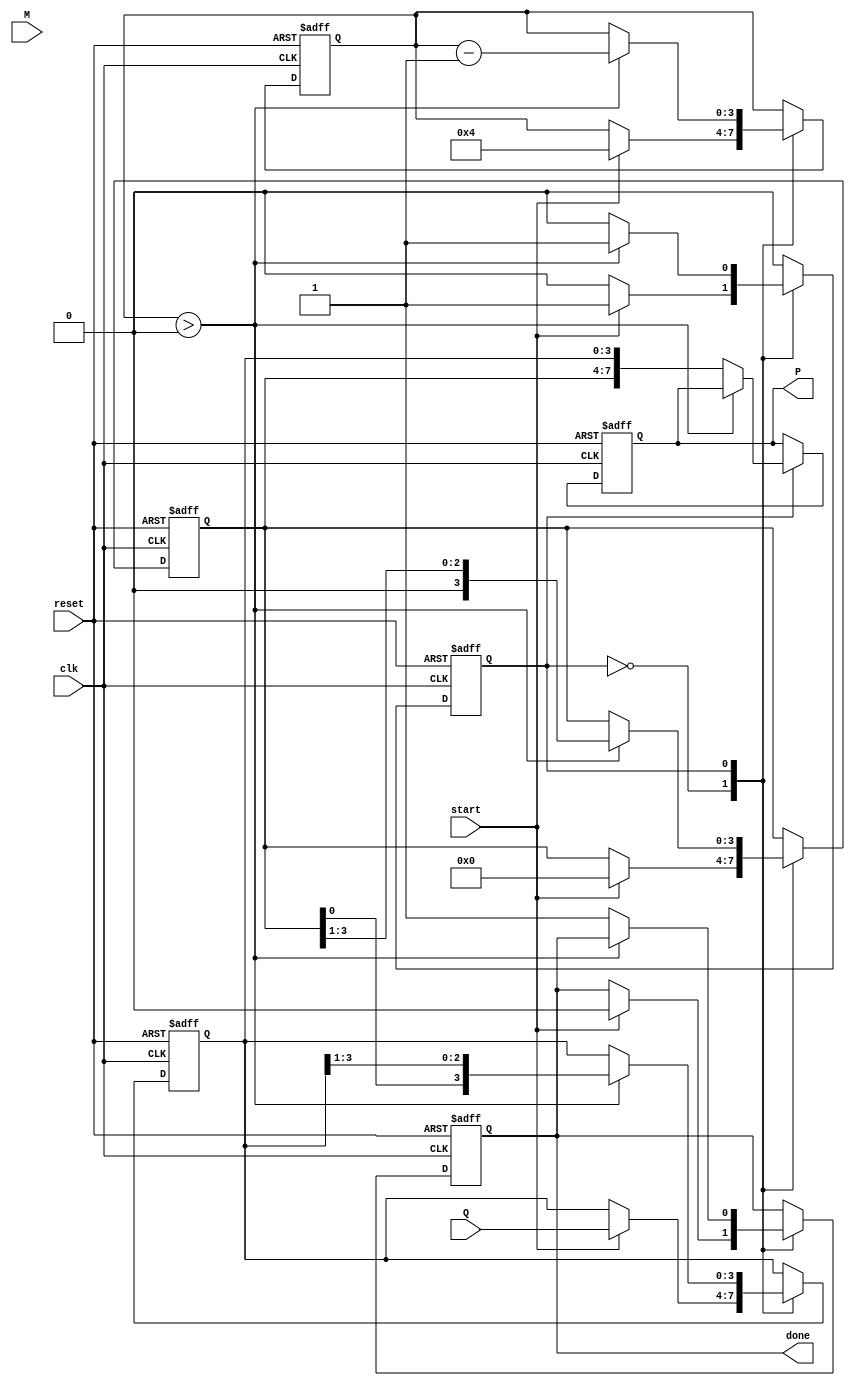
module booth_multiplier #(parameter n = 4) (
    input wire [n-1:0] M,       // Multiplicand
    input wire [n-1:0] Q,       // Multiplier
    input wire start,           // Start signal
    input wire reset,           // Reset signal
    input wire clk,             // Clock signal
    output reg [2*n-1:0] P,     // Product (P)
    output reg done             // Done signal
);

    reg [n-1:0] Q_reg;
    reg [n-1:0] M_reg;
    reg [n-1:0] A;              // Accumulator
    reg Q_1;                   // Q-1 Register
    reg [3:0] count;           // Count for iterations
    reg state;                 // FSM state

    localparam IDLE = 1'b0, RUN = 1'b1;
    
    // Initialization and control logic
    always @(posedge clk or posedge reset) begin
        if (reset) begin
            A <= 0;
            Q_reg <= 0;
            M_reg <= 0;
            Q_1 <= 0;
            P <= 0;
            done <= 0;
            count <= 0;
            state <= IDLE;
        end else begin
            case (state)
                IDLE: begin
                    if (start) begin
                        M_reg <= M;                   // Load multiplicand
                        Q_reg <= Q;                   // Load multiplier
                        A <= 0;                       // Initialize accumulator
                        Q_1 <= 0;                     // Initialize Q-1
                        count <= n;                  // Set iteration count
                        state <= RUN;                 // Go to RUN state
                        done <= 0;                   // Reset done signal
                    end
                end
                
                RUN: begin
                    if (count > 0) begin
                        case ({Q_reg[0], Q_1})       // Booth's algorithm
                            2'b01: A <= A + M_reg;  // A = A + M
                            2'b10: A <= A - M_reg;  // A = A - M
                            default: ;              // No operation
                        endcase

                        // Arithmetic right shift
                        {A, Q_reg} <= {A, Q_reg} >> 1;  // Shift A and Q
                        Q_1 <= Q_reg[0];                  // Update Q-1
                        
                        count <= count - 1;               // Decrement count
                    end else begin
                        P <= {A, Q_reg};                  // Concatenate A and Q for product
                        done <= 1;                        // Set done signal
                        state <= IDLE;                    // Go back to IDLE state
                    end
                end
            endcase
        end
    end
endmodule